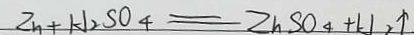
Z n + H _ { 2 } S O _ { 4 } = Z n S O _ { 4 } + H _ { 2 } \uparrow